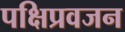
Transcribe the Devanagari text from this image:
पक्षिप्रवजन